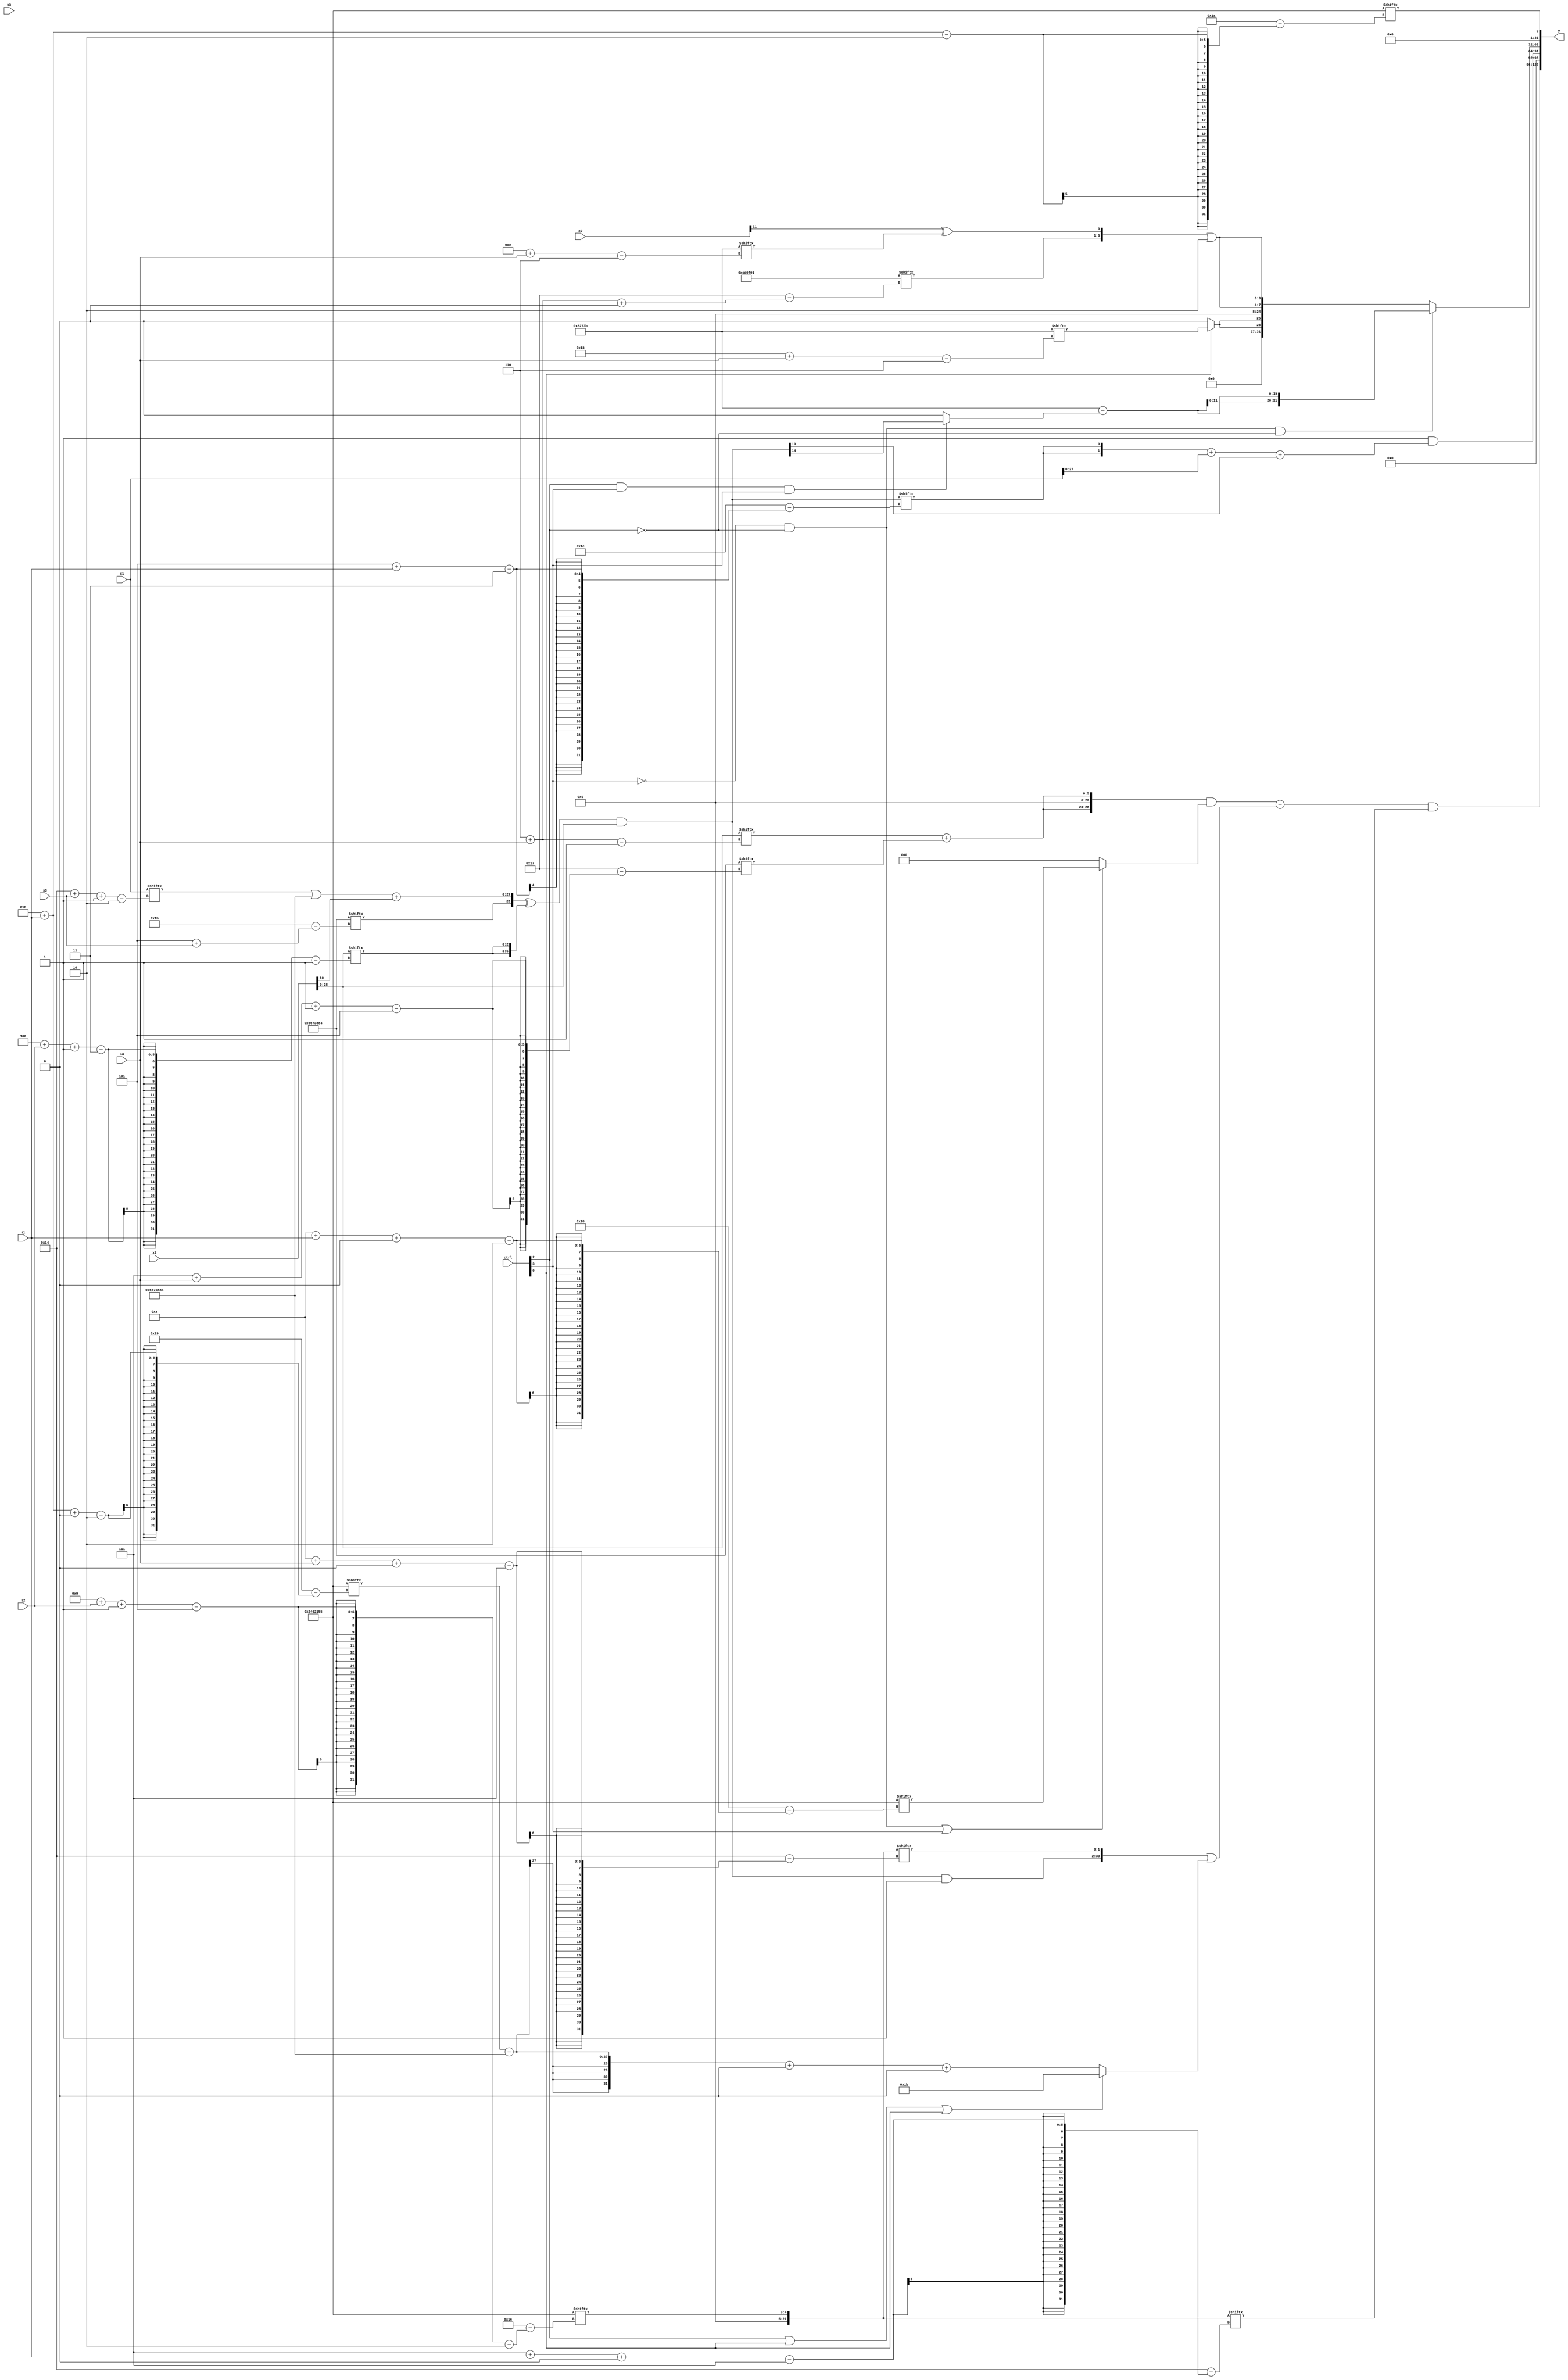
module partsel_00796(ctrl, s0, s1, s2, s3, x0, x1, x2, x3, y);
  input [3:0] ctrl;
  input [2:0] s0;
  input [2:0] s1;
  input [2:0] s2;
  input [2:0] s3;
  input [31:0] x0;
  input signed [31:0] x1;
  input [31:0] x2;
  input signed [31:0] x3;
  wire [7:28] x4;
  wire [29:1] x5;
  wire signed [3:31] x6;
  wire signed [31:4] x7;
  wire [2:31] x8;
  wire signed [29:1] x9;
  wire [4:28] x10;
  wire signed [28:2] x11;
  wire [3:30] x12;
  wire [2:29] x13;
  wire [25:1] x14;
  wire signed [7:29] x15;
  output [127:0] y;
  wire signed [31:0] y0;
  wire signed [31:0] y1;
  wire signed [31:0] y2;
  wire [31:0] y3;
  assign y = {y0,y1,y2,y3};
  localparam signed [2:28] p0 = 575021397;
  localparam [0:27] p1 = 912734340;
  localparam [0:25] p2 = 214765457;
  localparam signed [25:6] p3 = 549988155;
  assign x4 = p0[9 + s2 -: 5];
  assign x5 = x2;
  assign x6 = (({{p1, {x2[15 -: 2], p1[5 + s3]}}, ((x1[20 + s3 -: 2] | p1) + x5[11 +: 1])} ^ {2{x5[4 + s2 -: 3]}}) & {2{x5}});
  assign x7 = p3[22];
  assign x8 = (ctrl[1] && ctrl[2] && !ctrl[2] ? x4[2 + s0 -: 8] : x5[22 -: 3]);
  assign x9 = {p3[9 + s0], {x4[7 + s1 +: 6], (p1 ^ (x3[19 + s2 -: 6] & x6))}};
  assign x10 = {2{x3[23 -: 4]}};
  assign x11 = (!ctrl[0] && ctrl[3] || ctrl[3] ? x0[20] : x7);
  assign x12 = (({2{x6[5 + s1]}} + x1) + x6[21]);
  assign x13 = (({2{x8[23 -: 3]}} + {p1[12 +: 2], p1[17 + s2 -: 3]}) & p0[11]);
  assign x14 = {2{({p2[6 + s0 +: 3], (x0[11] ^ p3[14 + s0])} | p2[8 +: 3])}};
  assign x15 = p1[7 + s0 -: 5];
  assign y0 = ((({2{(x5[6 + s0] + x15)}} & {(x15[15 +: 1] | p1[23 -: 3]), (!ctrl[3] && !ctrl[2] || ctrl[3] ? p0[10 + s1 +: 3] : (p3[16] & p1))}) - ({(x6 & p0[20]), x4[10 + s0 +: 2]} | (ctrl[2] || ctrl[0] || ctrl[0] ? {2{p1[8 +: 3]}} : (((p0[11 + s1 +: 2] - p1) + (x2[14] & p0[16])) + p2[10 +: 2])))) & x4[7 + s1 +: 2]);
  assign y1 = (p0[11] & x12);
  assign y2 = (!ctrl[2] && !ctrl[3] && !ctrl[2] ? {2{(p3 - (ctrl[2] && ctrl[3] && ctrl[3] ? x6[17 -: 1] : p1[22]))}} : {{2{(ctrl[0] && !ctrl[0] || ctrl[0] ? p3[19 + s0] : p1[18])}}, x14});
  assign y3 = p0[11 + s1];
endmodule